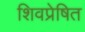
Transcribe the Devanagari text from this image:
शिवप्रेषित